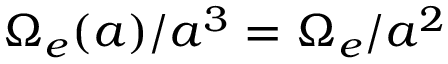
\Omega _ { e } ( a ) / a ^ { 3 } = \Omega _ { e } / a ^ { 2 }